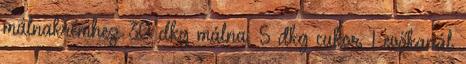
málnakrémhez: 30 dkg málna, 5 dkg cukor, 1 evőkanál